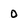
Character: 0